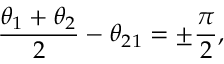
\frac { \theta _ { 1 } + \theta _ { 2 } } { 2 } - \theta _ { 2 1 } = \pm \frac { \pi } { 2 } ,